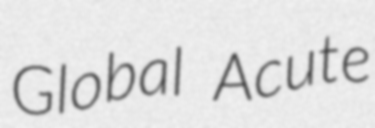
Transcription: Global Acute